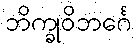
ဘိက္ခုဝိဘင်္ဂေ